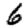
Digit: 6